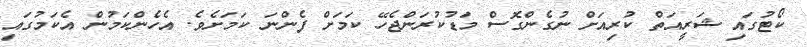
ކޯޓުގައި ޝަރީއަތް ކުރިއަށް ނުގެންގޮސް މަޑުކުރަންޖެހޭ ކަމަށް ފެންނަ ކަމަށެވެ. އެހެންކަމުން އެކަމުގައި